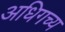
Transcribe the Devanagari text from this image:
अधिगच्य